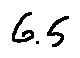
6 . 5